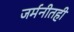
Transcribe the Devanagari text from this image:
जर्मनीतही